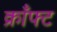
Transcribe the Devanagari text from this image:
क्राँफ्ट